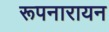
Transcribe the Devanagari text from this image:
रूपनारायन